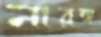
নারঙ্গ